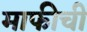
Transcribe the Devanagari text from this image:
माफीची